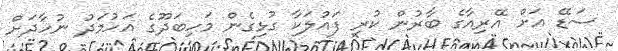
ސަޑޭ އަށް އޭރިއާގެ ބާރުން ކުރި ފައުލަކާ ގުޅިގެން މަހިބަދޫގެ އަހުމަދު ނުހާދަށް